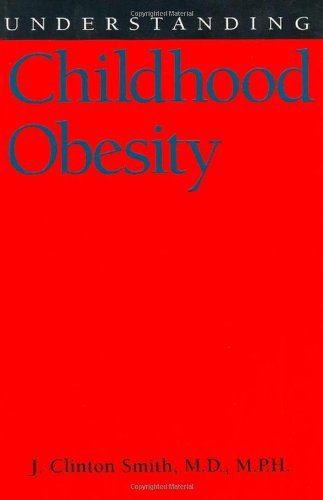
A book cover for Understanding Childhood Obesity (Understanding Health and Sickness Series); M.D.  J. Clinton Smith; Health, Fitness & Dieting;